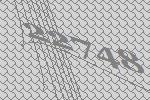
22748